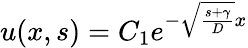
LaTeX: u(x,s)=C_{1}e^{-\sqrt{\frac{s+\gamma}{D}}x}